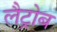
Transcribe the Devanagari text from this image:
लैट्रोब